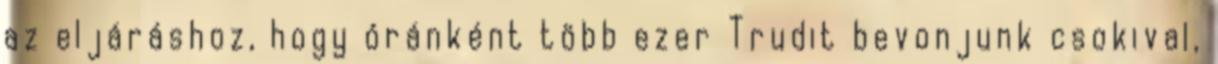
az eljáráshoz, hogy óránként több ezer Trudit bevonjunk csokival,